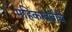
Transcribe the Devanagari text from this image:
महिकावतीचे